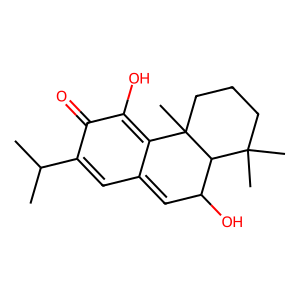
SMILES: CC(C)C1=CC2=CC(O)C3C(C)(C)CCCC3(C)C2=C(O)C1=O
Inhibits HIV replication: No